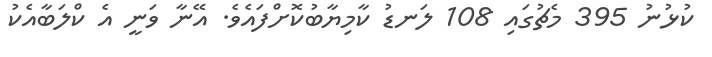
ކުޅުނު 395 މެޗުގައި 108 ލަނޑު ކާމިޔާބުކޮށްފައެވެ. އޭނާ ވަނީ އެ ކްލަބާއެކު